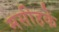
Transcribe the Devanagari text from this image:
मसीहके